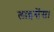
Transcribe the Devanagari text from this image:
लाइसेंस।